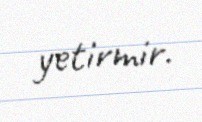
yetirmir.